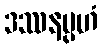
ဒဿနမ္ပဟံ